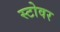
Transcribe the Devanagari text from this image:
स्टोवर